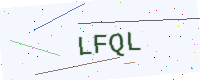
Text: LFQL